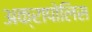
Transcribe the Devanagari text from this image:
अक्रापोलिस